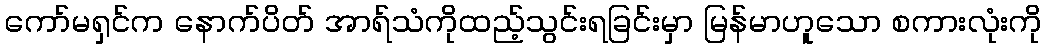
ကော်မရှင်က နောက်ပိတ် အာရ်သံကိုထည့်သွင်းရခြင်းမှာ မြန်မာဟူသော စကားလုံးကို